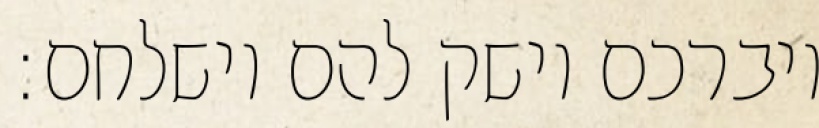
ויברכם וישק להם וישלחם: